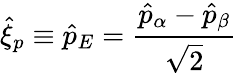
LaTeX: \hat{\xi}_{p}\equiv\hat{p}_{E}=\frac{\hat{p}_{\alpha}-\hat{p}_{\beta}}{\sqrt{2}}